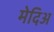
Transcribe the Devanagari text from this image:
मेदिअ